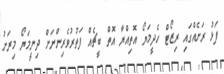
ފަޅު ރަށެއްގައި ރިޒޯޓް ހެދީމަޔޯ އޮތިއްޔާ އޮތް ބީޗެއް ފަތުރުވެރިންނަށް ދިނީމަޔޯ މިރަށު